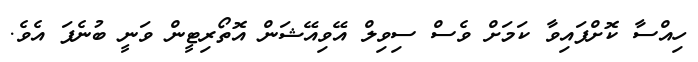
ހިއްސާ ކޮށްފައިވާ ކަމަށް ވެސް ސިވިލް އޭވިއޭޝަން އޮތޯރިޓީން ވަނީ ބުނެފަ އެވެ.